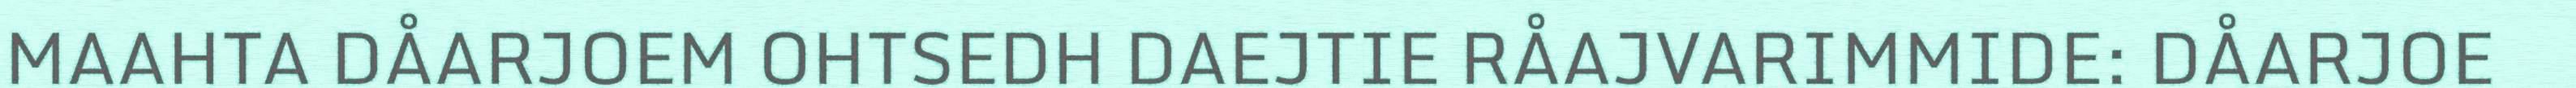
MAAHTA DÅARJOEM OHTSEDH DAEJTIE RÅAJVARIMMIDE: DÅARJOE